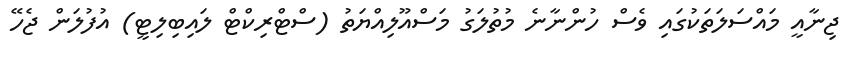
ޖިނާއީ މައްސަލަތަކުގައި ވެސް ހުންނާނެ މުތުލަގު މަސްއޫލިއްޔަތު (ސްޓްރިކްޓް ލައިބިލިޓީ) އުފުލަން ޖެހޭ